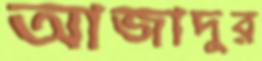
আজাদুর